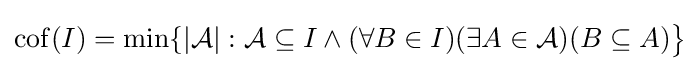
\operatorname {cof} (I)=\min\{|{\mathcal {A}}|:{\mathcal {A}}\subseteq I\wedge (\forall B\in I)(\exists A\in {\mathcal {A}})(B\subseteq A){\big \}}